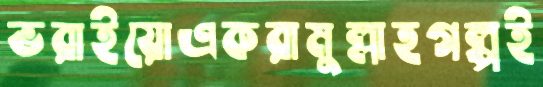
ভরাইয়োএকরামুল্লাহগল্পই